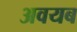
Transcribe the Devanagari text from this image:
अवयब